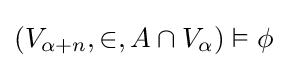
(V_{\alpha +n},\in ,A\cap V_{\alpha })\vDash \phi